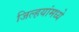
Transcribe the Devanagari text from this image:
जिल्हयांमध्ये